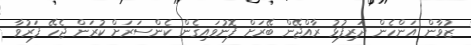
ޒުވާން އަންހެން ދަރިފުޅު ރާއްޖޭން ބޭރަށް ފޮނުވައިގެން ކެންސަރަށް ކުރަން ޖެހޭ ފަރުވާ